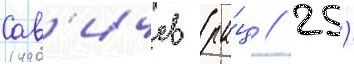
Сав'ичев (ра́ц / 25)